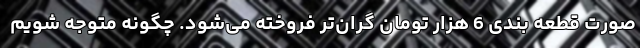
صورت قطعه بندی 6 هزار تومان گران‌تر فروخته می‌شود. چگونه متوجه شویم